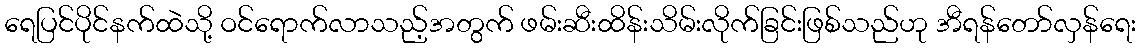
ရေပြင်ပိုင်နက်ထဲသို့ ဝင်ရောက်လာသည့်အတွက် ဖမ်းဆီးထိန်းသိမ်းလိုက်ခြင်းဖြစ်သည်ဟု အီရန်တော်လှန်ရေး